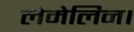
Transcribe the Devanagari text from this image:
लेमेलिन।